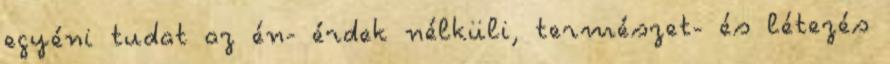
egyéni tudat az én- érdek nélküli, természet- és létezés